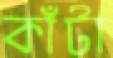
কাঁটা